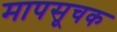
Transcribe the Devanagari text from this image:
मापसूचक